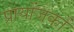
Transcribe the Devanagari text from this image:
प्रायोंजकों